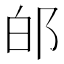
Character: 𨚮